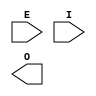
module OBUFE(
    E, I, O
  );
  input  E;
  input  I;
  output O;
endmodule